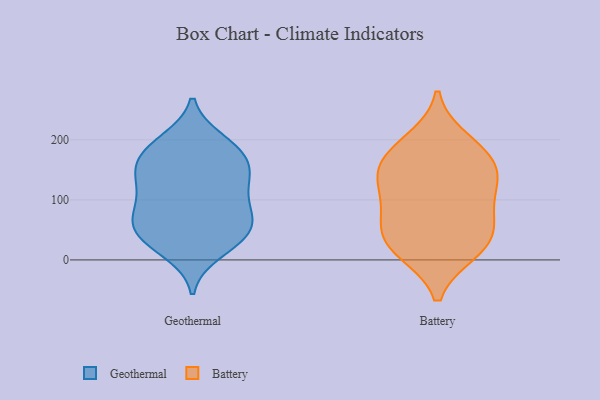
{"axis": {"x": "Population (Million)", "y": "Value"}, "legend": ["Battery", "Geothermal"], "data": [{"x": "", "y": 109, "type": "Geothermal"}, {"x": "", "y": 185, "type": "Geothermal"}, {"x": "", "y": 25, "type": "Geothermal"}, {"x": "", "y": 55, "type": "Geothermal"}, {"x": "", "y": 13, "type": "Geothermal"}, {"x": "", "y": 143, "type": "Geothermal"}, {"x": "", "y": 175, "type": "Geothermal"}, {"x": "", "y": 97, "type": "Geothermal"}, {"x": "", "y": 199, "type": "Geothermal"}, {"x": "", "y": 71, "type": "Geothermal"}, {"x": "", "y": 194, "type": "Geothermal"}, {"x": "", "y": 139, "type": "Geothermal"}, {"x": "", "y": 48, "type": "Geothermal"}, {"x": "", "y": 35, "type": "Geothermal"}, {"x": "", "y": 90, "type": "Geothermal"}, {"x": "", "y": 160, "type": "Geothermal"}, {"x": "", "y": 131, "type": "Geothermal"}, {"x": "", "y": 154, "type": "Geothermal"}, {"x": "", "y": 66, "type": "Geothermal"}, {"x": "", "y": 51, "type": "Geothermal"}, {"x": "", "y": 151, "type": "Battery"}, {"x": "", "y": 112, "type": "Battery"}, {"x": "", "y": 30, "type": "Battery"}, {"x": "", "y": 199, "type": "Battery"}, {"x": "", "y": 16, "type": "Battery"}, {"x": "", "y": 78, "type": "Battery"}, {"x": "", "y": 64, "type": "Battery"}, {"x": "", "y": 181, "type": "Battery"}, {"x": "", "y": 139, "type": "Battery"}, {"x": "", "y": 48, "type": "Battery"}, {"x": "", "y": 167, "type": "Battery"}, {"x": "", "y": 14, "type": "Battery"}, {"x": "", "y": 125, "type": "Battery"}]}